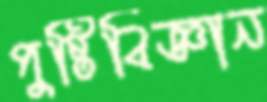
পুষ্টিবিজ্ঞান